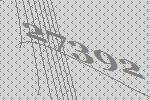
27392